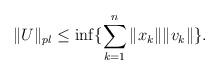
LaTeX: \begin{align*} \|U\|_{pl}\le\inf\{\sum_{k=1}^n\|x_k\|\|v_k\|\}.\end{align*}